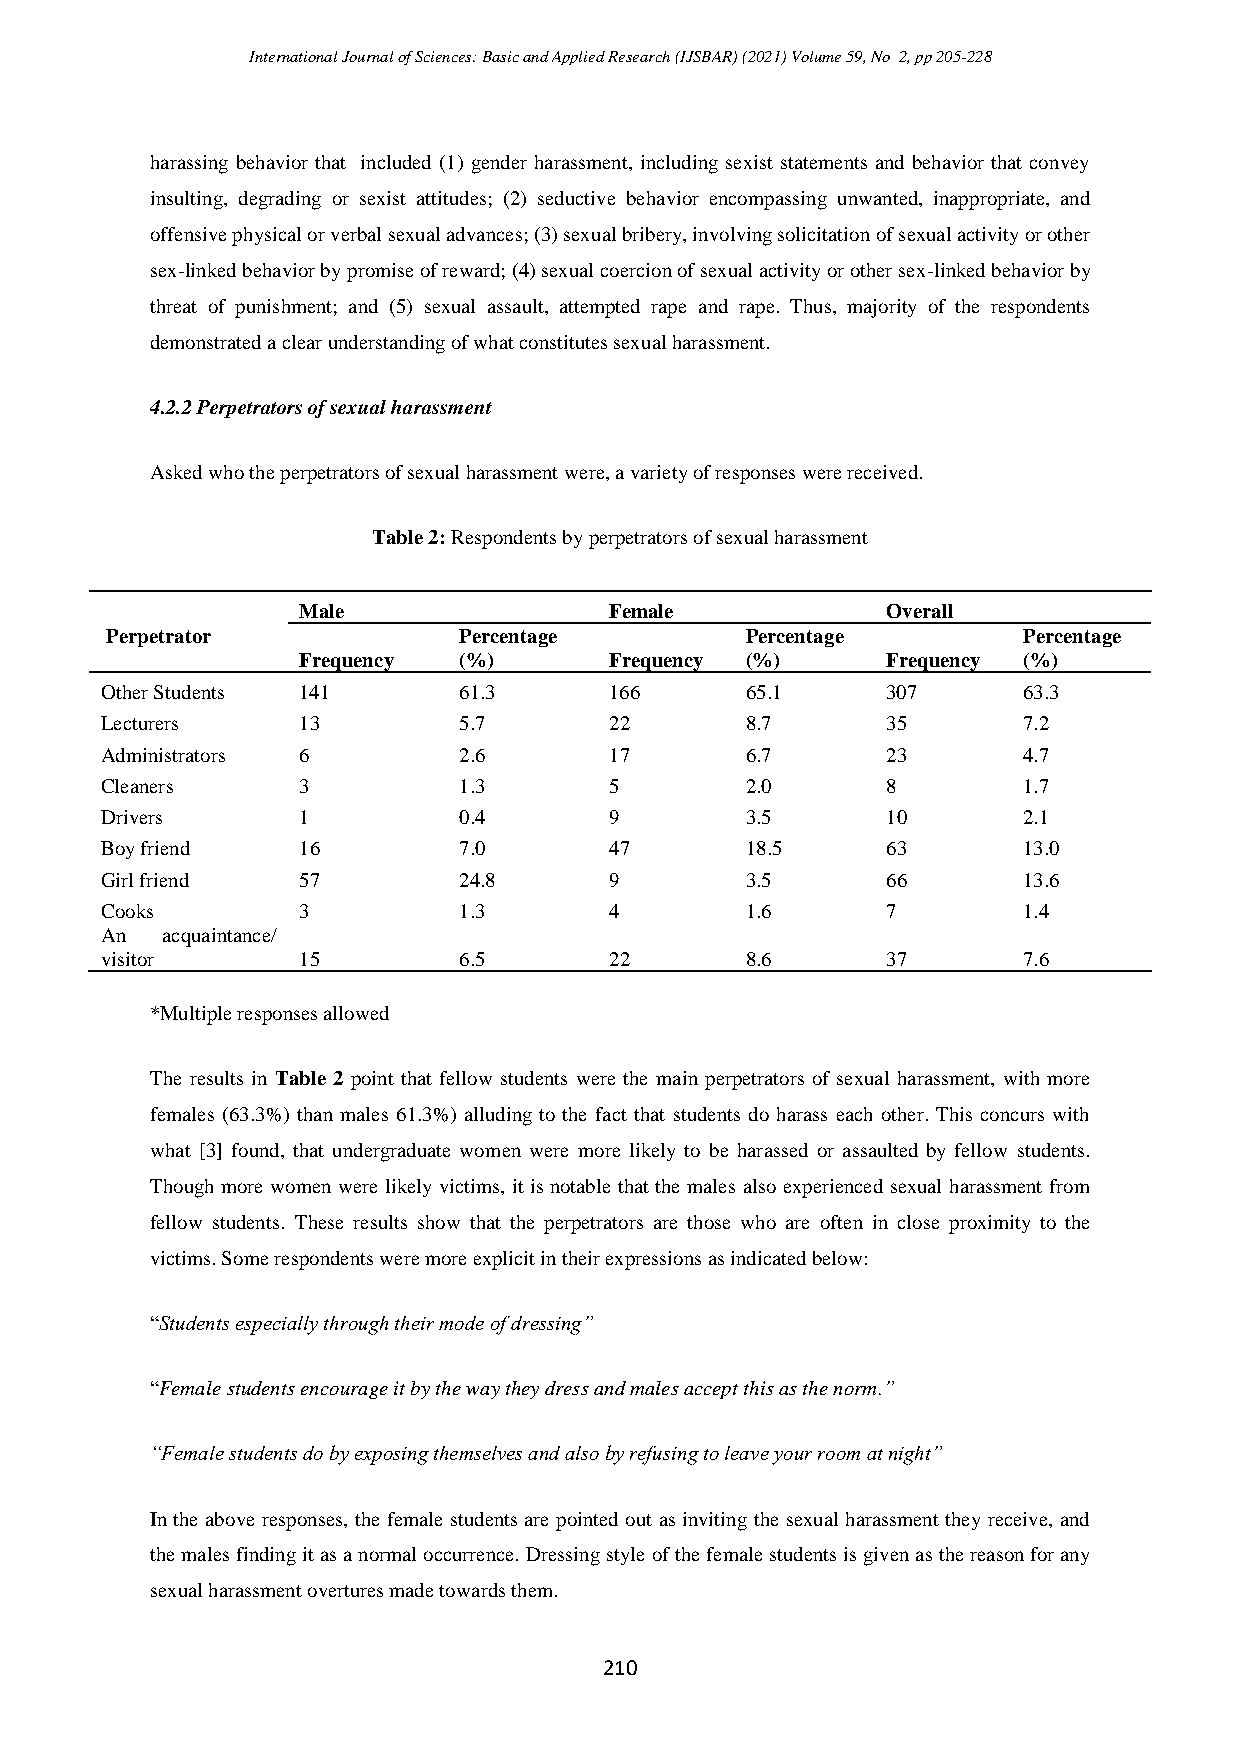
International Journal of Sciences: Basic and Applied Research (IJSBAR) (2021) Volume 59, No 2, pp 205-228
 harassing behavior that included (1) gender harassment, including sexist statements and behavior that convey
 insulting, degrading or sexist attitudes; (2) seductive behavior encompassing unwanted, inappropriate, and
 offensive physical or verbal sexual advances; (3) sexual bribery, involving solicitation of sexual activity or other
 sex-linked behavior by promise of reward; (4) sexual coercion of sexual activity or other sex-linked behavior by
 threat of punishment; and (5) sexual assault, attempted rape and rape. Thus, majority of the respondents
 demonstrated a clear understanding of what constitutes sexual harassment.
 4.2.2 Perpetrators of sexual harassment
 Asked who the perpetrators of sexual harassment were, a variety of responses were received.
 Table 2: Respondents by perpetrators of sexual harassment
 Male                Female             Overall
 Perpetrator            Percentage         Percentage         Percentage
 Frequency (%)       Frequency (%)      Frequency (%)
 Other Students 141     61.3      166      65.1      307      63.3
 Lecturers    13        5.7       22       8.7       35       7.2
 Administrators 6       2.6       17       6.7       23       4.7
 Cleaners     3         1.3       5        2.0       8        1.7
 Drivers      1         0.4       9        3.5       10       2.1
 Boy friend   16        7.0       47       18.5      63       13.0
 Girl friend  57        24.8      9        3.5       66       13.6
 Cooks        3         1.3       4        1.6       7        1.4
 An  acquaintance/
 visitor      15        6.5       22       8.6       37       7.6
 *Multiple responses allowed
 The results in Table 2 point that fellow students were the main perpetrators of sexual harassment, with more
 females (63.3%) than males 61.3%) alluding to the fact that students do harass each other. This concurs with
 what [3] found, that undergraduate women were more likely to be harassed or assaulted by fellow students.
 Though more women were likely victims, it is notable that the males also experienced sexual harassment from
 fellow students. These results show that the perpetrators are those who are often in close proximity to the
 victims. Some respondents were more explicit in their expressions as indicated below:
 “Students especially through their mode of dressing”
 “Female students encourage it by the way they dress and males accept this as the norm.”
 “Female students do by exposing themselves and also by refusing to leave your room at night”
 In the above responses, the female students are pointed out as inviting the sexual harassment they receive, and
 the males finding it as a normal occurrence. Dressing style of the female students is given as the reason for any
 sexual harassment overtures made towards them.
 210